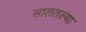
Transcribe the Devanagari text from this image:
सालतल्या